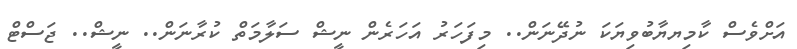
އަށްވެސް ކާމިޔޔާބުވިޔަކަ ނުދޭނަން.. މިފަހަރު އަހަރެން ނީޝް ސަލާމަތް ކުރާނަން.. ނީޝް.. ޖަސްޓް